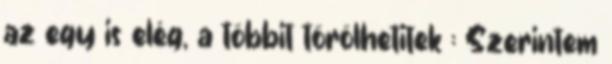
az egy is elég, a többit törölhetitek : Szerintem